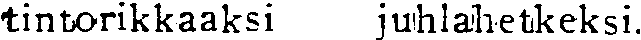
tintorikkaaksi juhlahetkeksi.